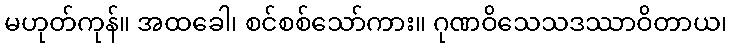
မဟုတ်ကုန်။ အထခေါ၊ စင်စစ်သော်ကား။ ဂုဏဝိသေသဒဿာဝိတာယ၊